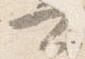
可